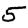
Digit: 5